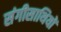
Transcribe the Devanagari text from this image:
संगीसाथियों